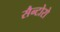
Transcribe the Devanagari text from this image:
सैन्टोरो